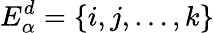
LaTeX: E_{\alpha}^{d}=\{ i,j,\dots,k\}